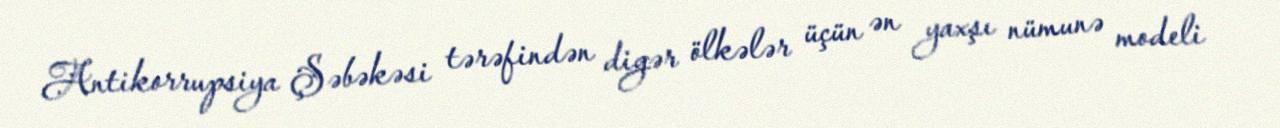
Antikorrupsiya Şəbəkəsi tərəfindən digər ölkələr üçün ən yaxşı nümunə modeli